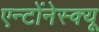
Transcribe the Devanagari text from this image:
एन्टोंनेस्क्यू